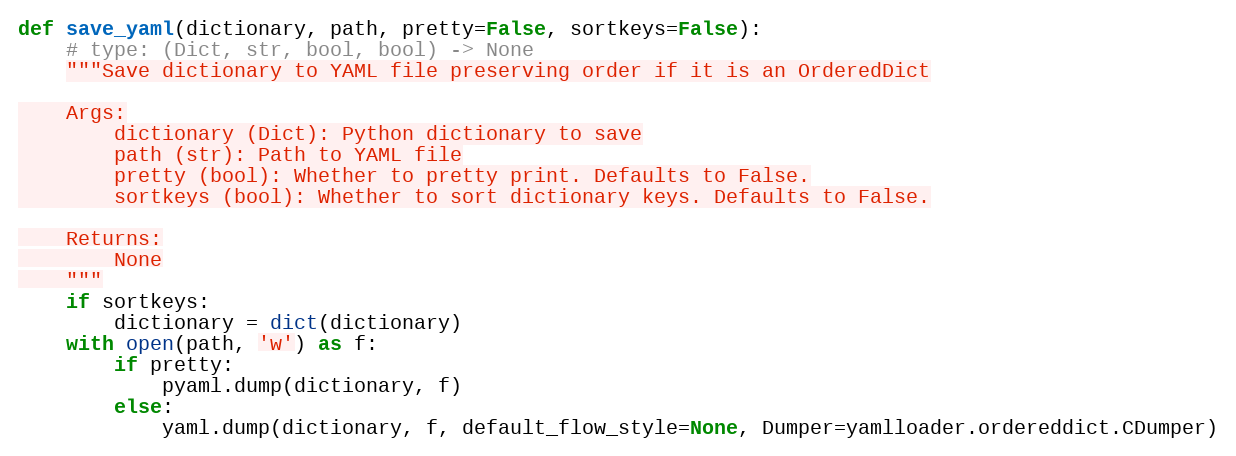
Language: Python
def save_yaml(dictionary, path, pretty=False, sortkeys=False):
    # type: (Dict, str, bool, bool) -> None
    """Save dictionary to YAML file preserving order if it is an OrderedDict

    Args:
        dictionary (Dict): Python dictionary to save
        path (str): Path to YAML file
        pretty (bool): Whether to pretty print. Defaults to False.
        sortkeys (bool): Whether to sort dictionary keys. Defaults to False.

    Returns:
        None
    """
    if sortkeys:
        dictionary = dict(dictionary)
    with open(path, 'w') as f:
        if pretty:
            pyaml.dump(dictionary, f)
        else:
            yaml.dump(dictionary, f, default_flow_style=None, Dumper=yamlloader.ordereddict.CDumper)